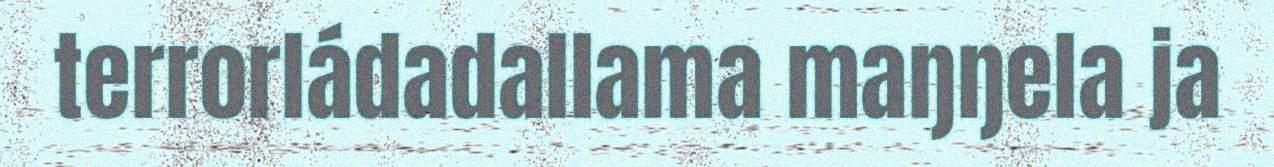
terrorládadallama maŋŋela ja